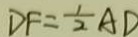
D F = \frac { 1 } { 2 } A D